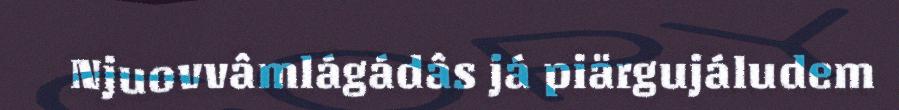
Njuovvâmlágádâs já piärgujáludem